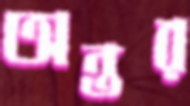
অন্তর